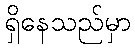
ရှိနေသည်မှာ